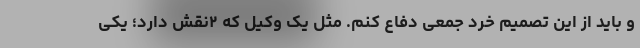
و باید از این تصمیم خرد جمعی دفاع کنم. مثل یک وکیل که ۲نقش دارد؛ یکی